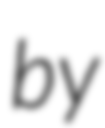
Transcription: by